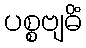
ပစ္စဗျဓိံ